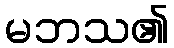
မဘသ၏